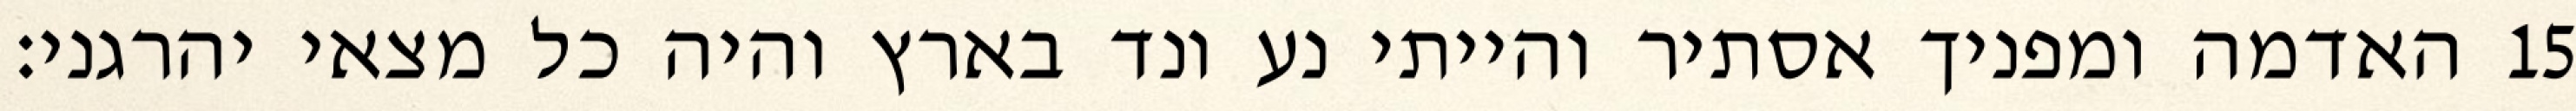
האדמה ומפניך אסתיר והייתי נע ונד בארץ והיה כל מצאי יהרגני׃ ‎15‏